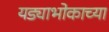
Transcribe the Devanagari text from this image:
यड्याभोकाच्या